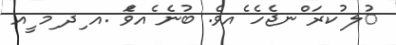
ުލ ުކރަ ްނޖެހެ ެއވެ. ބުނެ ެއވެަ .އ ިދ ިމ ީއ